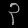
Digit: ၃